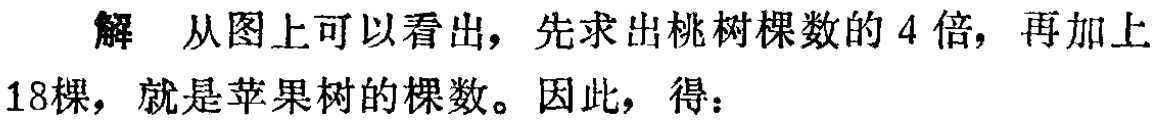
解 从图上可以看出，先求出桃树棵数的 4 倍，再加上18棵，就是苹果树的棵数。因此，得：